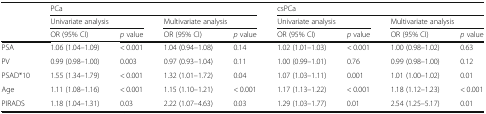
|  | <COLSPAN=4> PCa | <COLSPAN=4> csPCa |
 |  | <COLSPAN=2> Univariate analysis | <COLSPAN=2> Multivariate analysis | <COLSPAN=2> Univariate analysis | <COLSPAN=2> Multivariate analysis |
 |  | OR (95% CI) | p value | OR (95% CI) | p value | OR (95% CI) | p value | OR (95% CI) | p value |
 | --- | --- | --- | --- | --- | --- | --- | --- | --- |
 | PSA | 1.06 (1.04–1.09) | < 0.001 | 1.04 (0.94–1.08) | 0.14 | 1.02 (1.01–1.03) | < 0.001 | 1.00 (0.98–1.02) | 0.63 |
 | PV | 0.99 (0.98–1.00) | 0.003 | 0.97 (0.93–1.04) | 0.11 | 1.00 (0.99–1.01) | 0.76 | 0.99 (0.98–1.00) | 0.12 |
 | PSAD*10 | 1.55 (1.34–1.79) | < 0.001 | 1.32 (1.01–1.72) | 0.04 | 1.07 (1.03–1.11) | 0.001 | 1.01 (1.00–1.02) | 0.01 |
 | Age | 1.11 (1.08–1.16) | < 0.001 | 1.15 (1.10–1.21) | < 0.001 | 1.17 (1.13–1.22) | < 0.001 | 1.18 (1.12–1.23) | < 0.001 |
 | PIRADS | 1.18 (1.04–1.31) | 0.03 | 2.22 (1.07–4.63) | 0.03 | 1.29 (1.03–1.77) | 0.01 | 2.54 (1.25–5.17) | 0.01 |